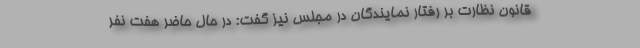
قانون نظارت بر رفتار نمایندگان در مجلس نیز گفت: در حال حاضر هفت نفر